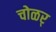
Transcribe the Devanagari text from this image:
चोळर्